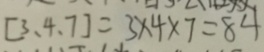
[ 3 、 4 、 7 ] = 3 \times 4 \times 7 = 8 4